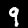
Digit: 9